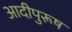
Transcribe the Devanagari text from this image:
आदीपुरूष